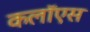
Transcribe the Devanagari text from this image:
कलॉएस